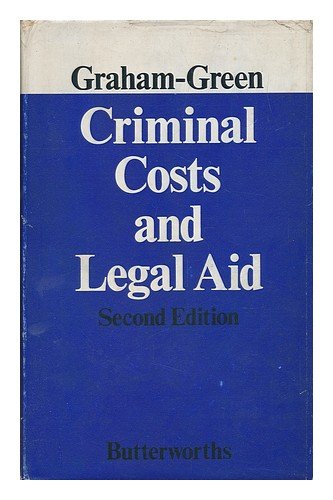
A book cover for Criminal Costs and Legal Aid; Graham J.Graham- Green; Law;